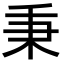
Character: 秉